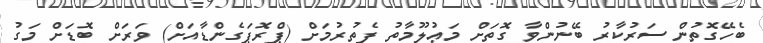
ބެހޭގޮތުން ސަރުކާރު ބޭނުންވާ ގޮތަށް މަޢުލޫމާތު ފެތުރުމަށް (ޕްރޮޕަގެންޑާއަށް) ވަރަށް ބޮޑަށް މަގު